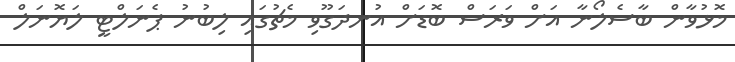
މޮޅުވާން ބާސެލޯނާ އަށް ވަރަސް ބޮޑަށް އުނދަގޫވި މެޗުގައި ލިބުނު ޕެނަލްޓީ ލަޔޮނަލް